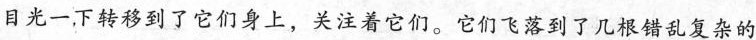
目光一下转移到了它们身上，关注着它们。它们飞落到了几根错乱复杂的